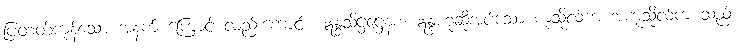
ပြတတ်ကုန်သော အနက် ကြောင့် လည်းကောင်း။ ဣန္ဒသိဋ္ဌဋ္ဌေနစ၊ ဣန္ဒဟုဆိုအပ်သော ကုသိုလ်ကံ အကုသိုလ်ကံ သည်